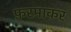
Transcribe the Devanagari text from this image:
फ़रमाकर